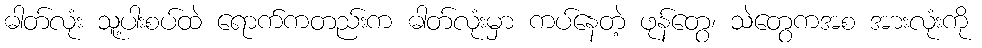
ဓါတ်လုံး သူ့ပါးစပ်ထဲ ရောက်ကတည်းက ဓါတ်လုံးမှာ ကပ်နေတဲ့ ဖုန်တွေ၊ သဲတွေကအစ အားလုံးကို